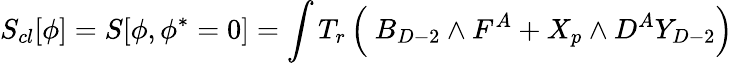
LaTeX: S_{cl}[\phi]=S[\phi,\phi^{*}=0]=\int T_{r}\left(\ B_{D-2}\wedge F^{A}+X_{p}\wedge D^{A}Y_{D-2}\right)